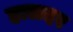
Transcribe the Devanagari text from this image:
हालदर